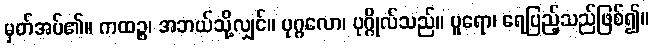
မှတ်အပ်၏။ ကထဉ္စ၊ အဘယ်သို့လျှင်။ ပုဂ္ဂလော၊ ပုဂ္ဂိုလ်သည်။ ပူရော၊ ရေပြည့်သည်ဖြစ်၍။